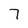
Character: 7